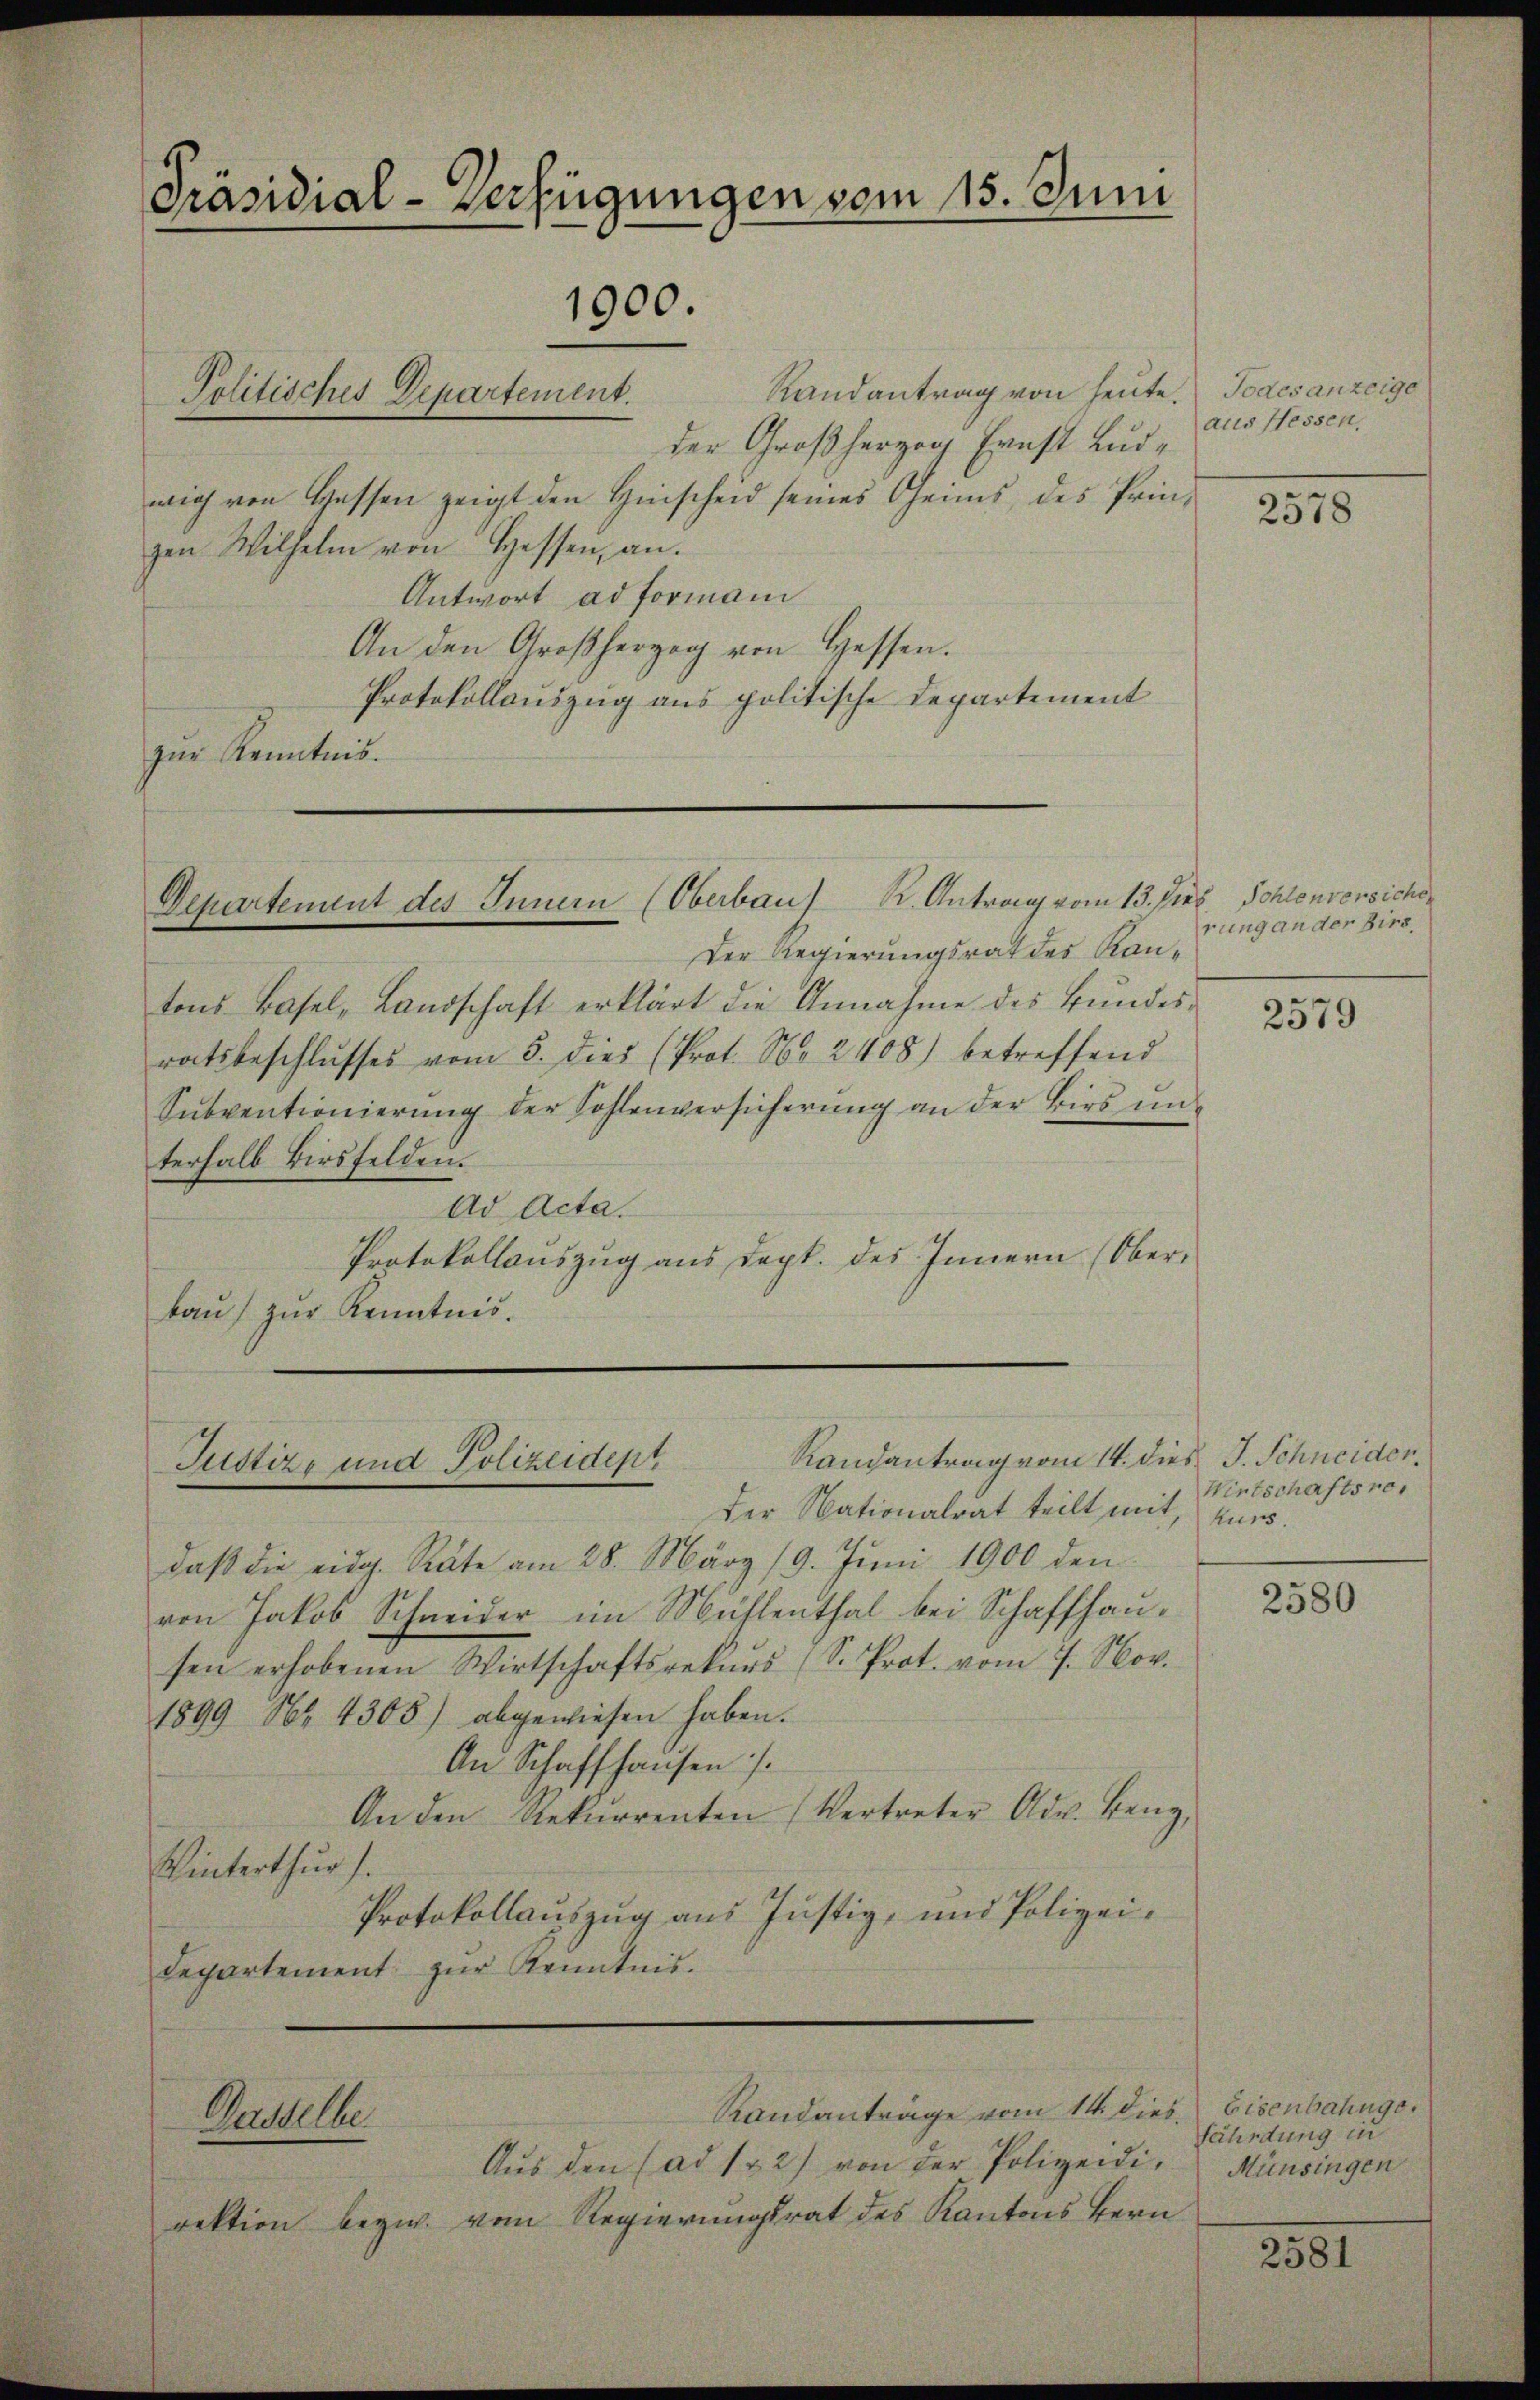
der Großherzog Ernst Ludmich von Gassen zeigt den Hinscheid seines Geims, des Pringen Wilhelm von Hessen, an.
Antwort ad Formani
An den Großherzog von Hessen.
Protokollauszug aus politische Departement
zŭr Kenntnis.

Präsidial-Verfügungen vom 15. Juni
1900.
Randantrag von heute. Todesanzeige
Politisches Departement.

Departement des Innern (Oberbau) K. Antrag vom 13. Jus Schlenversiche

Der Regierungsrat des Kantons Basel, Landschaft erklärt die Annahme des Bŭndes-
ratsbeschlusses vom 5. dies (Prot. No 2408) betreffend
Subventionierŭng der Sohlenversicherŭng an der Birs unterhalb Birsfelden.
Ad Acta.
Protokollauszug aus dept. des Innern (Oberbaŭ zŭr Kenntnis.

Justiz- und Polizeident

Der Nationalrat teilt mit, kurs.
daβ die eidg. Rate am 28. März 19. Jŭni 1900 den
von Jakob Schneider im Mühlenthal bei Schaffhausen erhobenen Wirtschaftsrekŭrs (S. Prot. vom 7. Nov.
1899 No 4305) abgewiesen haben.
An Schaffhausen s.
An den Rekurrenten (Vertreter Ade. Benz,
Winterthur).
Protokollauszug aus Justiz- und Polizeidepartement zŭr Kenntnis.

Derselbe

Randantrag vom 14. dies J. Schneider.

Randanträge vom 14. dies. Eisenbahnge

Aus den (ad 132) von der Polizeidi, Münsingen
rektion bezw. vom Regierungsrat des Kantons Bern

aus Hessen,

2578

rung an der Birs.

2579

Wirtschaftsre

2580

fährdung in

2581